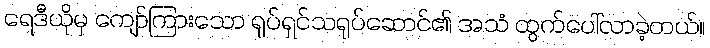
ရေဒီယိုမှ ကျော်ကြားသော ရုပ်ရှင်သရုပ်ဆောင်၏ အသံ ထွက်ပေါ်လာခဲ့တယ်။